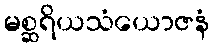
မစ္ဆရိယသံယောဇနံ